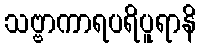
သဗ္ဗာကာရပရိပူရာနိ